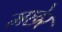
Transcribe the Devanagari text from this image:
मछेर